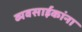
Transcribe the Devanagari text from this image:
व्यवसाईकांना